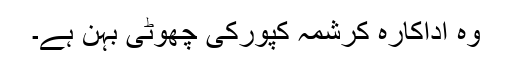
وہ اداکارہ کرشمہ کپورکی چھوٹی بہن ہے۔